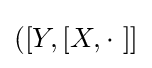
([Y,[X,\cdot \ ]]